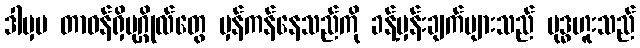
ဒါမှမ တာဝန်ရှိပုဂ္ဂိုလ်တွေ မှန်ကန်နေသည်ကို ခန့်မှန်းချက်များသည် ဗုဒ္ဓဟူးသည်